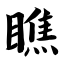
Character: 瞧